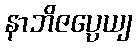
နာဘိဇပ္ပေယျ